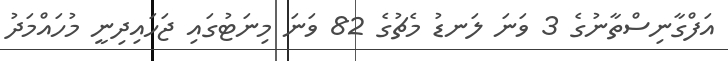
އަފްގާނިސްތާނުގެ 3 ވަނަ ލަނޑު މެޗުގެ 82 ވަނަ މިނަޓުގައި ޖަހައިދިނީ މުހައްމަދު